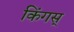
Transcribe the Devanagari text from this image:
किंगस्